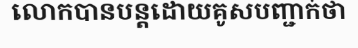
លោកបានបន្តដោយគូសបញ្ជាក់ថា